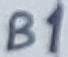
Text: B1